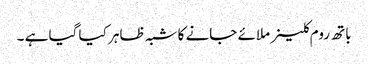
باتھ روم کلینر ملائے جانے کا شبہ ظاہر کیا گیا ہے ۔